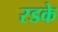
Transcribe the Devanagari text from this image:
रडके